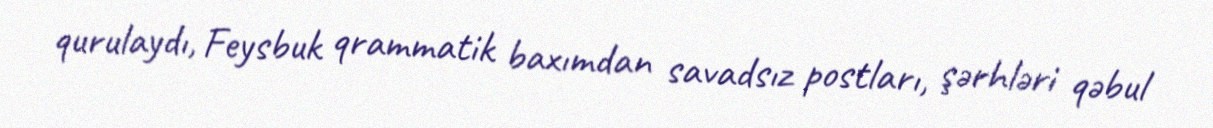
qurulaydı, Feysbuk qrammatik baxımdan savadsız postları, şərhləri qəbul